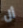
أل